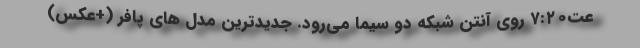
عت۷:۲۰ روی آنتن شبکه دو سیما می‌رود. جدیدترین مدل های پافر (+عکس)